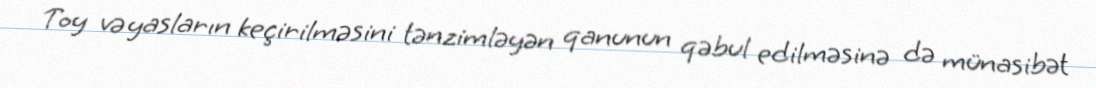
Toy və yasların keçirilməsini tənzimləyən qanunun qəbul edilməsinə də münasibət